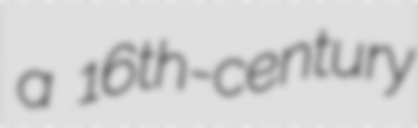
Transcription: a 16th-century